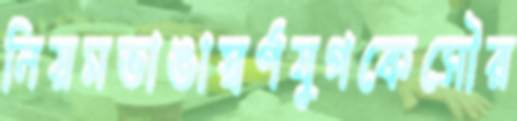
নিয়মভাঙাস্বর্ণযুগকেসৌর